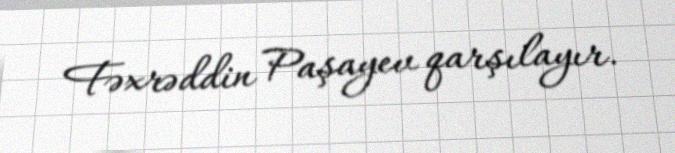
Fəxrəddin Paşayev qarşılayır.